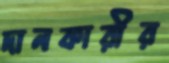
দানকারীর